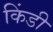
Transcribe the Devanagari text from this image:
किंडी